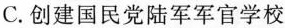
C.创建国民党陆军军官学校